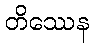
တိဿေန